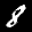
Label: 8